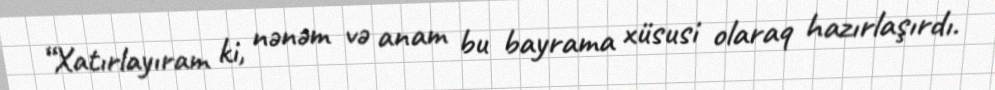
“Xatırlayıram ki, nənəm və anam bu bayrama xüsusi olaraq hazırlaşırdı.